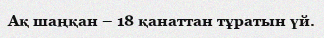
Ақ шаңқан – 18 қанаттан тұратын үй.